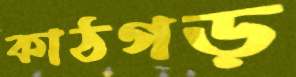
কাঠগড়